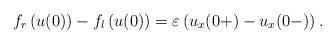
LaTeX: \begin{align*} f_{r}\left(u(0)\right) - f_{l}\left(u(0)\right)=\varepsilon \left(u_{x}(0+)-u_{x}(0-)\right). \end{align*}